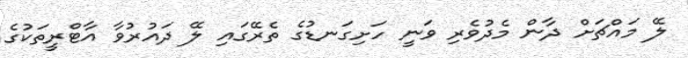
ލޭ މައްޗަށް ދާން މެދުވެރި ވަނީ ހަށިގަނޑުގެ ތެރޭގައި ލޭ ދައުރުވާ އާޓްރީތަކުގެ